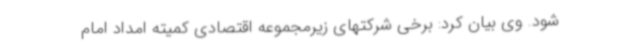
شود. وی بیان کرد: برخی شرکتهای زیرمجموعه اقتصادی کمیته امداد امام